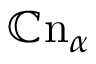
\mathbb { C } \mathrm { n } _ { \alpha }